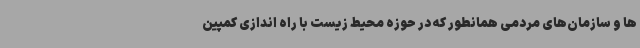
ها و سازمان‌های مردمی همانطور که در حوزه محیط زیست با راه اندازی کمپین